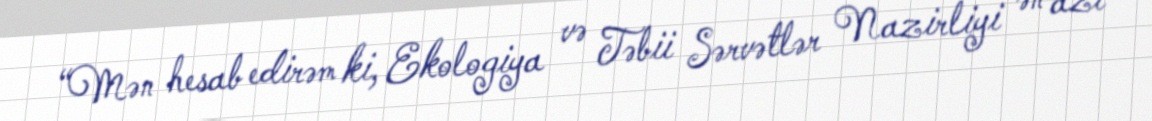
“Mən hesab edirəm ki, Ekologiya və Təbii Sərvətlər Nazirliyi ən azı